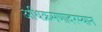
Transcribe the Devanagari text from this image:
अधिक्रमणादरम्यान